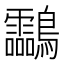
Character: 𪈝